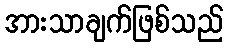
အားသာချက်ဖြစ်သည်